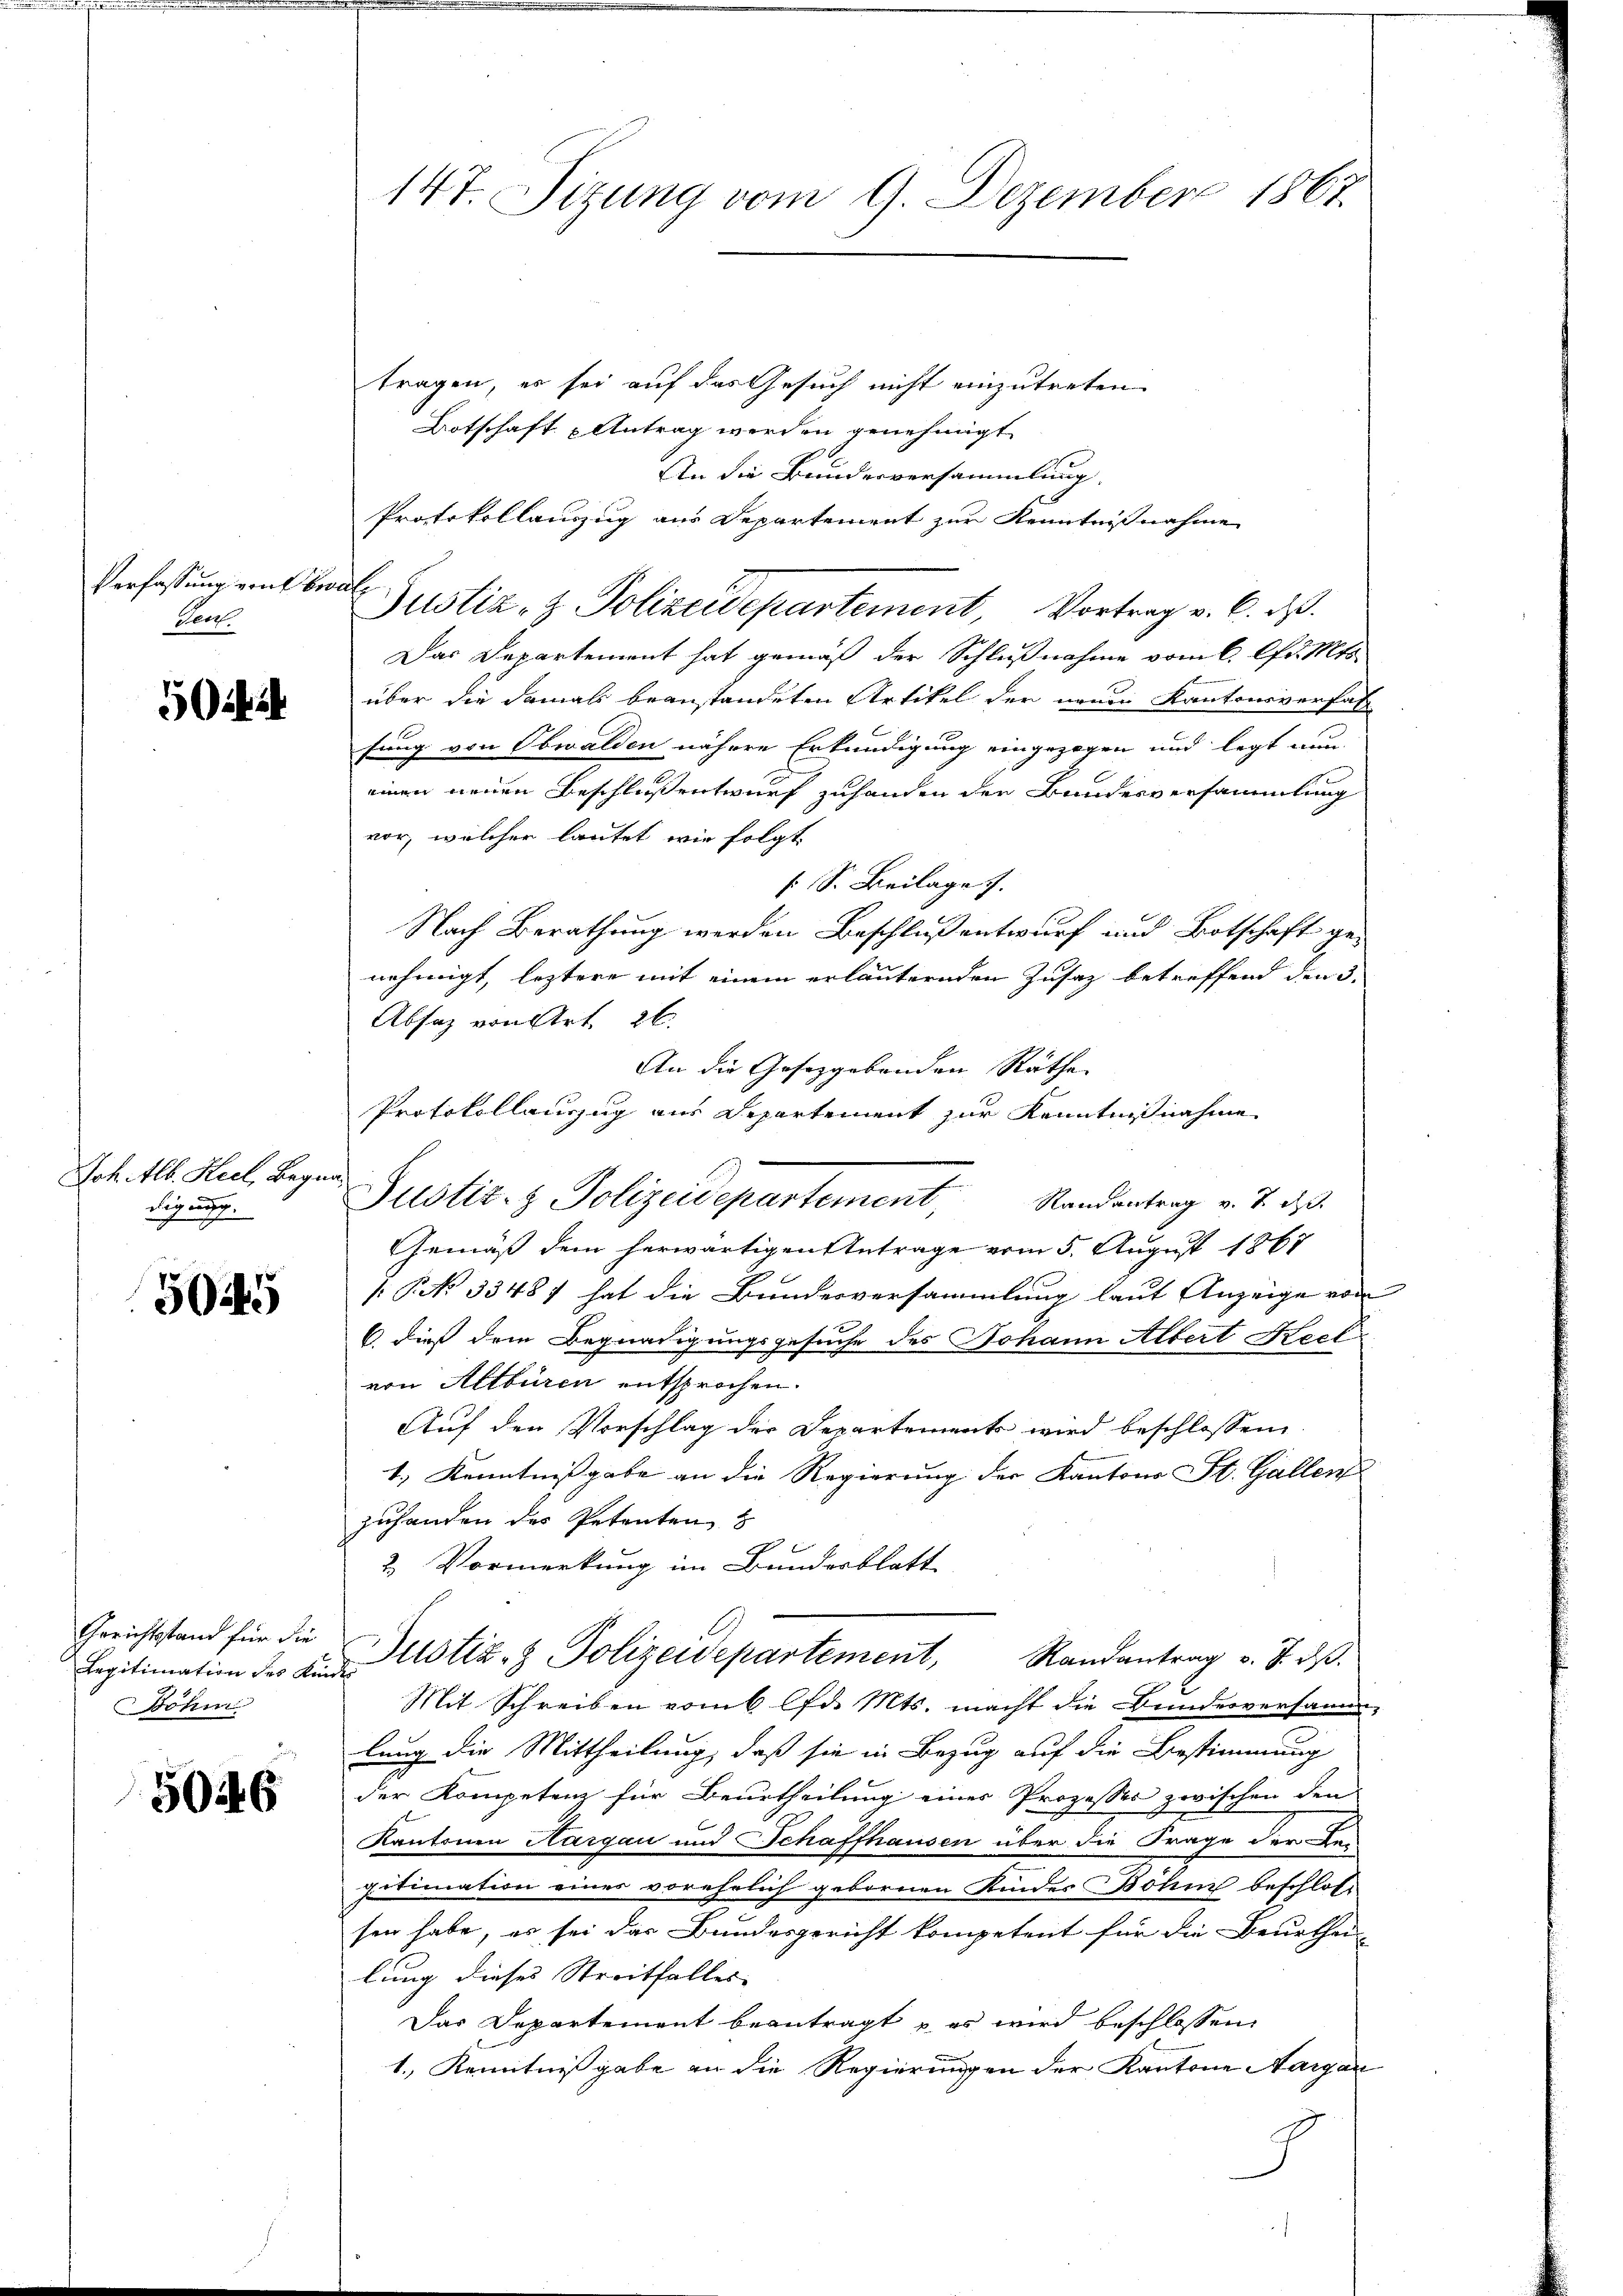
147. Sitzung vom 9. Dezember 1867

tragen, es sei auf das Gesuch nicht einzutreten
Botschaft Antrag werden genehmigt
An die Bundesversammlung.
Protokollauszug aus Departement zur Kenntnißnahme
Das Departement hat gemäß der Schlußnahme vom 6. Chr. Mts.
über die damals beanstandeten Artikel der neuen Kantonsverfal
fung von Obwalden nähere Erkundigung eingezogen und legt nun
einen neuen Beschluß entwurf zuhanden der Bundesversammlung
vor, welcher lautet wie folgt.
f S. Beilage).
Nach Berathung werden Beschluß entwurf und Botschaft ge-
nehmigt, leztere mit einem erläuternden Zusatz betreffend den 3.
Absatz von Art. 26.
An die Gesetzgebenden Räthe
Protokollauszug aus Departement zur Kenntnißnahme
Gemäß dem herwärtigen Antrage vom 5. August 1867
[P No 33487 hat die Bundesversammlung laut Anzeige von
6. dieß dem Begnadigungsgesuche des Johann Albert Keel
von Altburen entsprochen.
Auf den Vorschlag der Departements wird beschlossen,
1.) Kenntnißgabe an die Regierung der Kantons St. Gallens
zuhanden des Petenten
d
2. Vormerkung im Bundesblatt
Legitimation des austiz- & Polizeidepartement, Randantrag v. J. dβ.
Mit Schreiben vom 6 lfd. Mts. macht die Bundesversamm-
lung die Mittheilung, daß sie in Bezug auf die Bestimmung
der Kompetenz für Beurtheilung eines Prozesses zwischen den
Kantonen Aargau und Schaffhausen über die Frage der Der
gitimation einer vorehelich gebornen Kindes Böhnis beschlos
sen habe, es sei das Bundesgericht kompetent für die Beurthei-
lung dieses Streitfalles |
Das Departement beantragt u es wird beschlossen,
1., Kenntnißgabe an die Regierungen der Kantons Aargau

Verfassung von beral¬
Geo

Justiz- & Polizeidepartement, Vortrag v. 6. d.

502

Frk. Alb. Keel, Begnadigung.

Justiz- & Polizeidepartement, Standentrag v. 2. ds.

5045

Gerichtstand für die
Böhm

5046